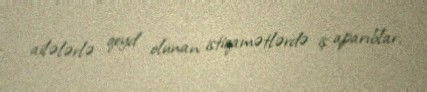
ailələrlə qeyd olunan istiqamətlərdə iş aparıblar.